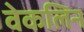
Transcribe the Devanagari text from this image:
वेकलिन